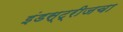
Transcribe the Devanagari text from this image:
इंडस्ट्रीजचा